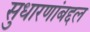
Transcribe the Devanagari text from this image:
सुधारणांबद्दल